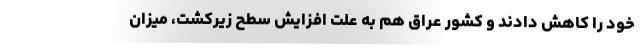
خود را کاهش دادند و کشور عراق هم به علت افزایش سطح زیرکشت، میزان